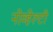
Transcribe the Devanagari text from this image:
नोव्हेल्टी